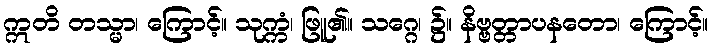
ဣတိ တသ္မာ၊ ကြောင့်။ သုက္ကံ၊ ဖြူ၏။ သဂ္ဂေ၊ ၌။ နိဗ္ဗတ္တာပနတော၊ ကြောင့်။